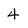
Character: 4